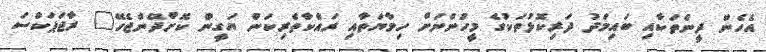
އެހެން ދީންތަކާއި ބައިމަދު ދަރިކޮޅުތަކުގެ މީހުންނަށް ހިމާޔަތާއި ރައްކާތެރިކަން ޔަގީން ކޮށްދޭންޖެހޭ" ރާޖަޕަކްސަ